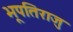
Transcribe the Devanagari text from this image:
भूपतिराजु